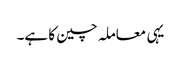
یہی معاملہ چین کا ہے۔